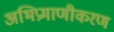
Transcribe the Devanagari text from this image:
अभिप्रमाणीकरण